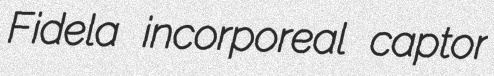
Fidela incorporeal captor